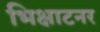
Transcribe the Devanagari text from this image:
भिक्षाटनर